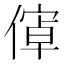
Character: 𬿝